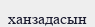
ханзадасын